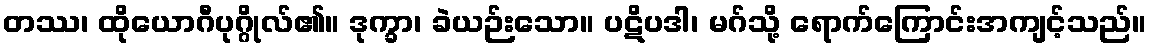
တဿ၊ ထိုယောဂီပုဂ္ဂိုလ်၏။ ဒုက္ခာ၊ ခဲယဉ်းသော။ ပဋိပဒါ၊ မဂ်သို့ ရောက်ကြောင်းအကျင့်သည်။